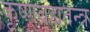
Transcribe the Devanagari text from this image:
कृष्णब्रह्मतन्त्र